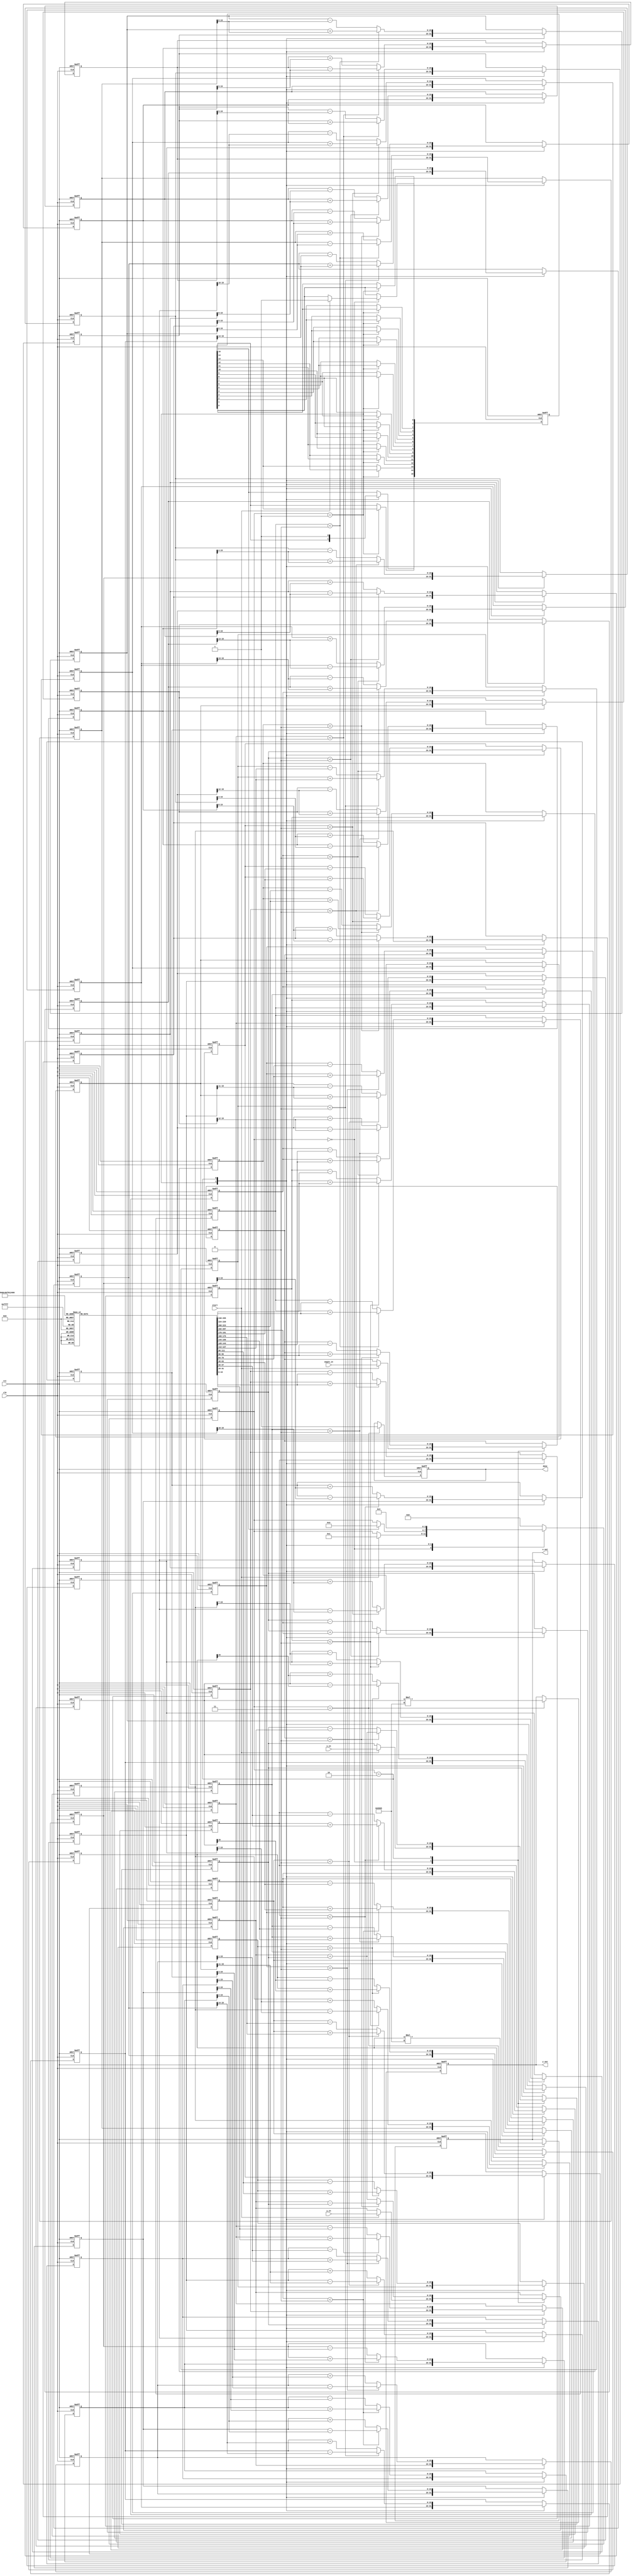
module pipeline_cordic #(
    parameter N = 16, // Number of iterations
    parameter WIDTH = 16 // Bit-width for fixed-point representation
)(
    input wire clk,
    input wire rst,
    input wire start,
    input wire [WIDTH-1:0] x_in, // Initial X coordinate
    input wire [WIDTH-1:0] y_in, // Initial Y coordinate
    input wire [WIDTH-1:0] angle_in, // Rotation angle
    output reg [WIDTH-1:0] x_out, // Final X coordinate
    output reg [WIDTH-1:0] y_out, // Final Y coordinate
    output reg done // Indicates completion of computation
);

    // CORDIC angle lookup table (in radians, scaled)
    reg [WIDTH-1:0] angle_table [0:N-1];
    initial begin
        // Populate the angle_table with pre-calculated values
        // Example values for 16 iterations (in fixed-point format)
        angle_table[0] = 16'h26DD; // atan(2^0)
        angle_table[1] = 16'h1C71; // atan(2^-1)
        angle_table[2] = 16'h16C9; // atan(2^-2)
        angle_table[3] = 16'h0F32; // atan(2^-3)
        angle_table[4] = 16'h0A3D; // atan(2^-4)
        angle_table[5] = 16'h0519; // atan(2^-5)
        angle_table[6] = 16'h028F; // atan(2^-6)
        angle_table[7] = 16'h0142; // atan(2^-7)
        angle_table[8] = 16'h00A2; // atan(2^-8)
        angle_table[9] = 16'h0051; // atan(2^-9)
        angle_table[10] = 16'h0028; // atan(2^-10)
        angle_table[11] = 16'h0014; // atan(2^-11)
        angle_table[12] = 16'h000A; // atan(2^-12)
        angle_table[13] = 16'h0005; // atan(2^-13)
        angle_table[14] = 16'h0002; // atan(2^-14)
        angle_table[15] = 16'h0001; // atan(2^-15)
    end

    // Pipeline registers
    reg [WIDTH-1:0] x_reg [0:N-1];
    reg [WIDTH-1:0] y_reg [0:N-1];
    reg [WIDTH-1:0] angle_reg [0:N-1];
    reg [N-1:0] valid;

    integer i;

    // Control signals
    reg [3:0] state;
    localparam IDLE = 4'b0000,
               LOAD = 4'b0001,
               COMPUTE = 4'b0010,
               OUTPUT = 4'b0011;

    // Scaling factor (fixed-point representation)
    wire [WIDTH-1:0] K = 16'hB505; // Approximation of 1/sqrt(1 + 2^-2n)

    // Main process
    always @(posedge clk or posedge rst) begin
        if (rst) begin
            state <= IDLE;
            done <= 0;
            x_out <= 0;
            y_out <= 0;
            for (i = 0; i < N; i = i + 1) begin
                x_reg[i] <= 0;
                y_reg[i] <= 0;
                angle_reg[i] <= 0;
                valid[i] <= 0;
            end
        end else begin
            case (state)
                IDLE: begin
                    if (start) begin
                        x_reg[0] <= x_in;
                        y_reg[0] <= y_in;
                        angle_reg[0] <= angle_in;
                        valid[0] <= 1;
                        state <= LOAD;
                    end
                end

                LOAD: begin
                    for (i = 0; i < N-1; i = i + 1) begin
                        x_reg[i+1] <= x_reg[i];
                        y_reg[i+1] <= y_reg[i];
                        angle_reg[i+1] <= angle_reg[i];
                        valid[i+1] <= valid[i];
                    end
                    if (valid[N-1]) begin
                        state <= COMPUTE;
                    end
                end

                COMPUTE: begin
                    // CORDIC computation
                    for (i = 0; i < N; i = i + 1) begin
                        if (angle_reg[i] < 0) begin
                            x_reg[i] <= x_reg[i] + (y_reg[i] >>> i);
                            y_reg[i] <= y_reg[i] - (x_reg[i] >>> i);
                            angle_reg[i] <= angle_reg[i] + angle_table[i];
                        end else begin
                            x_reg[i] <= x_reg[i] - (y_reg[i] >>> i);
                            y_reg[i] <= y_reg[i] + (x_reg[i] >>> i);
                            angle_reg[i] <= angle_reg[i] - angle_table[i];
                        end
                    end
                    valid[N-1] <= 1; // Mark the last stage as valid
                    state <= OUTPUT;
                end

                OUTPUT: begin
                    x_out <= x_reg[N-1] * K; // Apply scaling
                    y_out <= y_reg[N-1] * K; // Apply scaling
                    done <= 1; // Indicate completion
                    state <= IDLE; // Return to IDLE state
                end

                default: state <= IDLE;
            endcase
        end
    end
endmodule